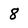
Character: 8